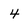
Character: 4